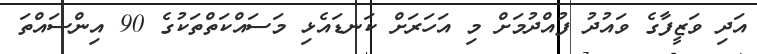
އަދި ވަޒީފާގެ ވައުދު ފުއްދުމަށް މި އަހަރަށް ކަނޑައެޅި މަސައްކަތްތަކުގެ 90 އިންސައްތަ